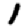
Digit: 1